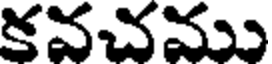
కవచము